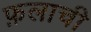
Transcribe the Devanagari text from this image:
फ़लाची